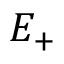
E _ { + }